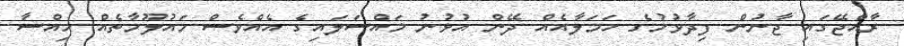
ރާއްޖޭގައި ޖާނުން ފިދާވުމުގެ ހަމަލާއެއް ދޭން އުޅުނު މައްސަލައިގެ އެއްވެސް މައުލޫމާތެއް ހިއްސާ